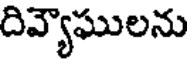
దివ్యాఘులను